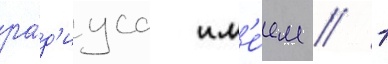
ра́д'иуса им'е́ем // 1